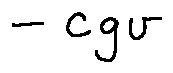
- c g v